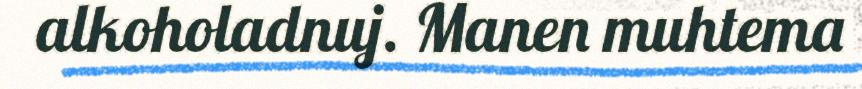
alkoholadnuj. Manen muhtema